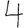
Digit: 4